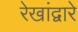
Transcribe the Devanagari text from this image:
रेखांद्वारे